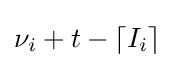
\nu _{i}+t-\lceil I_{i}\rceil